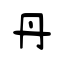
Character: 丹